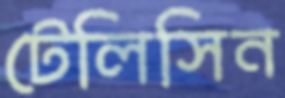
টেলিসিন